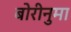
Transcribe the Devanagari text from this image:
बोरीनुमा